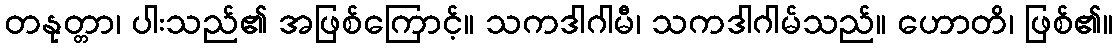
တနုတ္တာ၊ ပါးသည်၏ အဖြစ်ကြောင့်။ သကဒါဂါမီ၊ သကဒါဂါမ်သည်။ ဟောတိ၊ ဖြစ်၏။